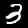
Label: 3